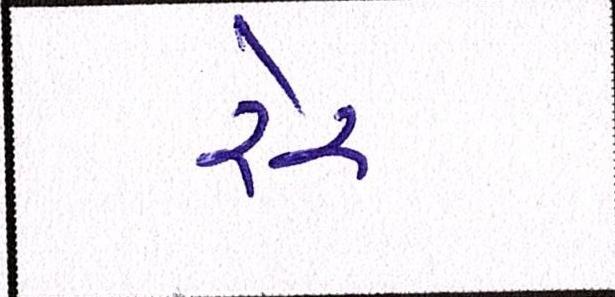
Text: રેર